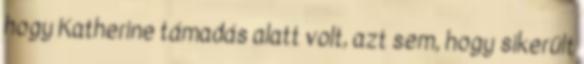
hogy Katherine támadás alatt volt, azt sem, hogy sikerült